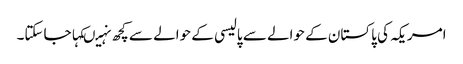
امریکہ کی پاکستان کے حوالے سے پالیسی کے حوالے سے کچھ نہیںکہاجاسکتا۔